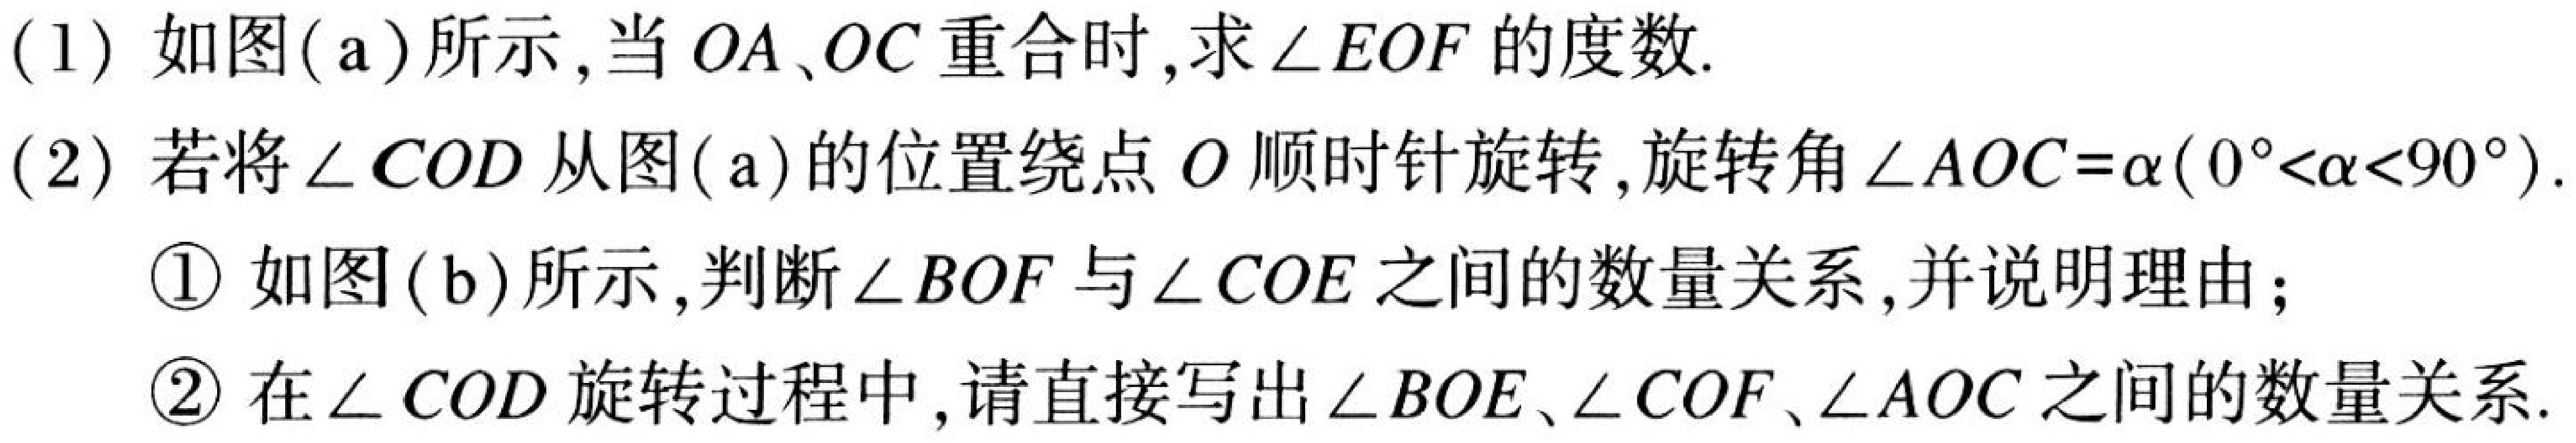
(1) 如图(a)所示,当 \(OA、OC\) 重合时,求 \(\angle EOF\) 的度数.
(2) 若将 \(\angle COD\) 从图(a)的位置绕点 \(O\) 顺时针旋转,旋转角 \(\angle AOC = \alpha(0^{\circ}<\alpha<90^{\circ})\).
    \textcircled{1} 如图(b)所示,判断 \(\angle BOF\) 与 \(\angle COE\) 之间的数量关系,并说明理由;
    \textcircled{2} 在 \(\angle COD\) 旋转过程中,请直接写出 \(\angle BOE\)、\(\angle COF\)、\(\angle AOC\) 之间的数量关系.